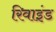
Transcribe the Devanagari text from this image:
रिवाइंड